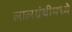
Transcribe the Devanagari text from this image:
लालग्रंथीमध्ये